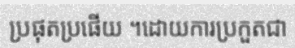
ប្រផុតប្រផើយ ។ដោយការប្រកួតជា